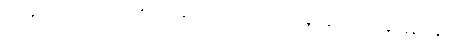
အကျွန်ုပ်သည် မေမေ့ စကားကို ကြားရသော အခါ ဘယ်ရွေ့ ဘယ်မျှ ဝမ်းသာ ကြည်နူးမိမှန်း ပြန် လည်